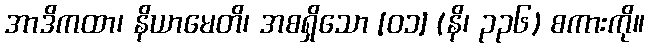
အာဒိကထာ၊ နိယာမေတိ၊ အစရှိသော [၀၁] (နိ၊ ၃၃၆) စကားကို။